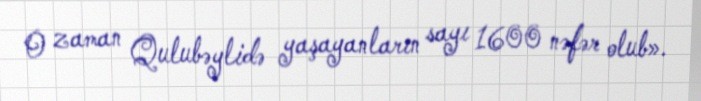
O zaman Qulubəylidə yaşayanların sayı 1600 nəfər olub».